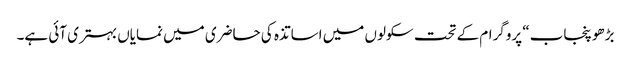
بڑھو پنجاب“ پروگرام کے تحت سکولوں میں اساتذہ کی حاضری میں نمایاں بہتری آئی ہے۔